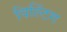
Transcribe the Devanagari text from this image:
विल्टिंग